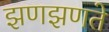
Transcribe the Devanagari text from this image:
झणझणते